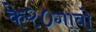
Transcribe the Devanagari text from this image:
के२०गावो